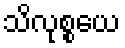
သိလုစ္စယေ